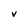
Character: v